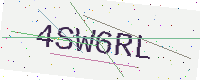
Text: 4SW6RL